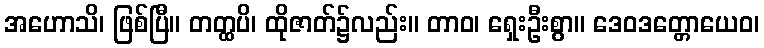
အဟောသိ၊ ဖြစ်ပြီ။ တတ္ထပိ၊ ထိုဇာတ်၌လည်း။ တာဝ၊ ရှေးဦးစွာ။ ဒေဝဒတ္တောယေဝ၊